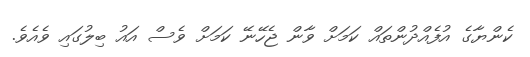
ކެންޔާގެ އުފެއްދުންތައް ކަމަށް ވާން ޖެހޭނޭ ކަމަށް ވެސް އައު ބިލުގައި ވެއެވެ.